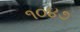
૧૦૪૭